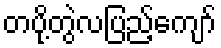
တပို့တွဲလပြည့်ကျော်